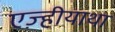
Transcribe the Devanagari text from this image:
एज़्हीयाथा